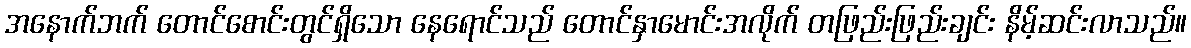
အနောက်ဘက် တောင်စောင်းတွင်ရှိသော နေရောင်သည် တောင်နှာမောင်းအလိုက် တဖြည်းဖြည်းချင်း နိမ့်ဆင်းလာသည်။